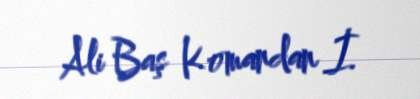
Ali Baş Komandan İ.